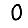
Digit: 0